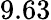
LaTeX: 9.63